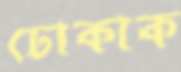
ঢোকাক